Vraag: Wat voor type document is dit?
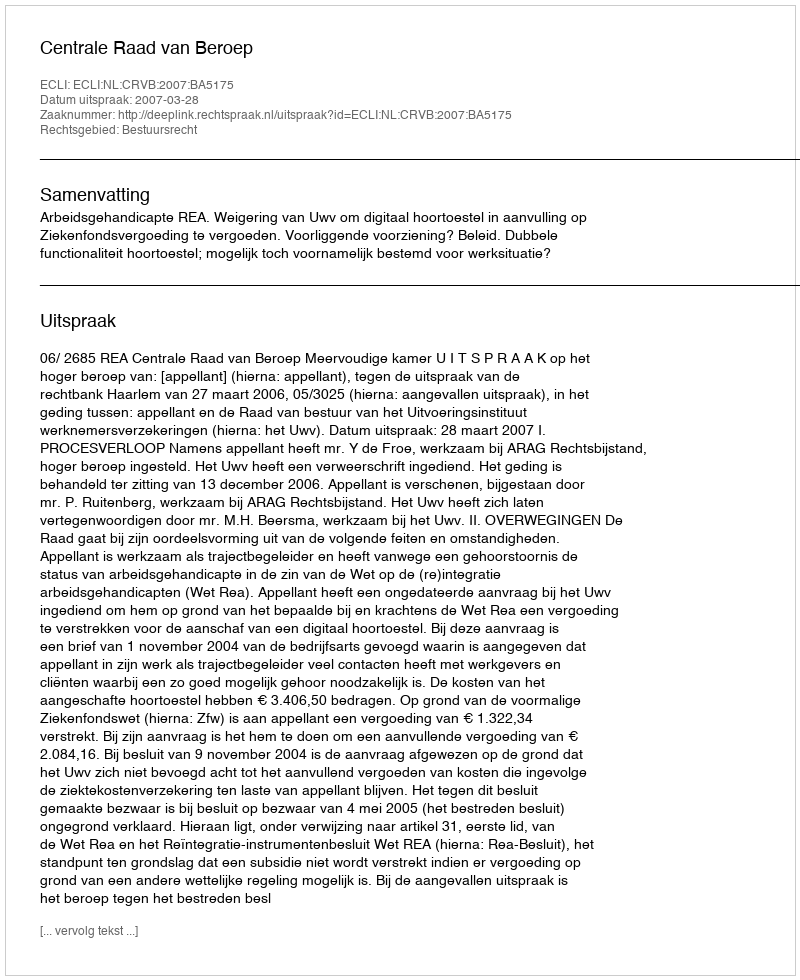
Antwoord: Uitspraak